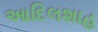
આદિલશાહ